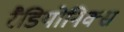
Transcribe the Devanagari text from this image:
रैडियोनिक्स